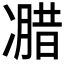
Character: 𰄌